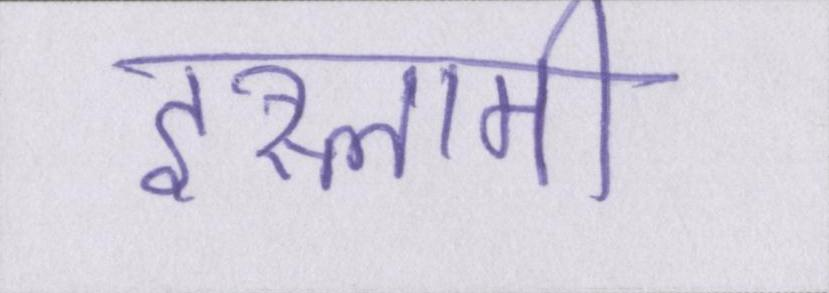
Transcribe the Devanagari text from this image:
इस्लामी